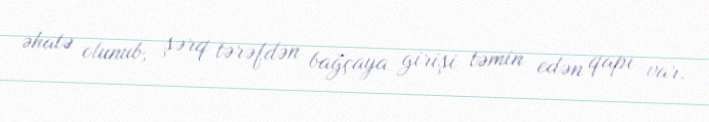
əhatə olunub, şərq tərəfdən bağçaya girişi təmin edən qapı var.